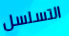
التسلسل